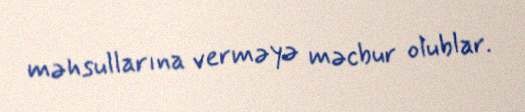
məhsullarına verməyə məcbur olublar.